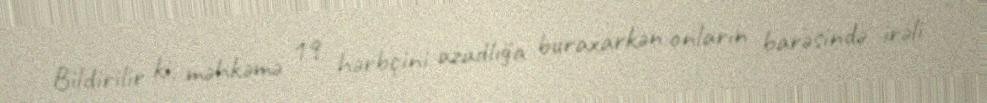
Bildirilir ki, məhkəmə 19 hərbçini azadlığa buraxarkən onların barəsində irəli